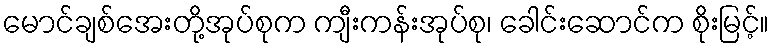
မောင်ချစ်အေးတို့အုပ်စုက ကျီးကန်းအုပ်စု၊ ခေါင်းဆောင်က စိုးမြင့်။